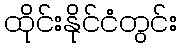
ထိုင်းနိုင်ငံတွင်း